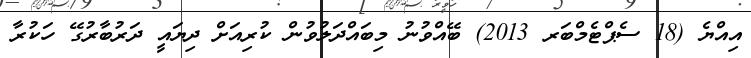
އިއްޔެ (18 ސެޕްޓެމްބަރ 2013) ބޭއްވުނު މިބައްދަލުވުން ކުރިއަށް ދިޔައީ ދަރުބާރުގޭ ހަކުރާ